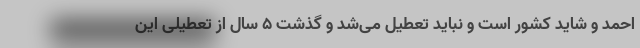
احمد و شاید کشور است و نباید تعطیل می‌شد و گذشت ۵ سال از تعطیلی این